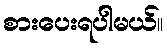
စားပေးရပါမယ်။